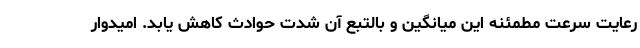
رعایت سرعت مطمئنه این میانگین و بالتبع آن شدت حوادث کاهش یابد. امیدوار